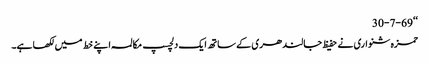
‘‘30-7-69
حمزہ شنواری نے حفیظ جالندھری کے ساتھ ایک دلچسپ مکالمہ اپنے خط میں لکھا ہے۔